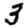
Digit: 3